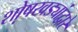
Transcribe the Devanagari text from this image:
शो़षखड्यांद्वारे